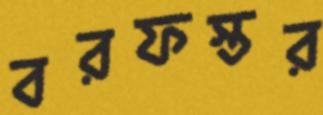
বরফস্তর